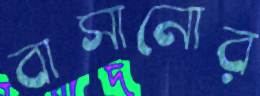
বাসানোর